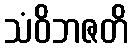
သံဝိဘဇတိ